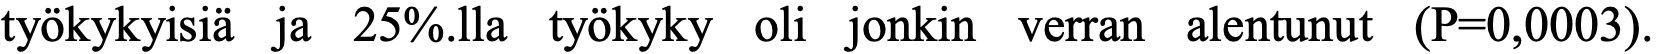
työkykyisiä ja 25%.lla työkyky oli jonkin verran alentunut (P=0,0003).